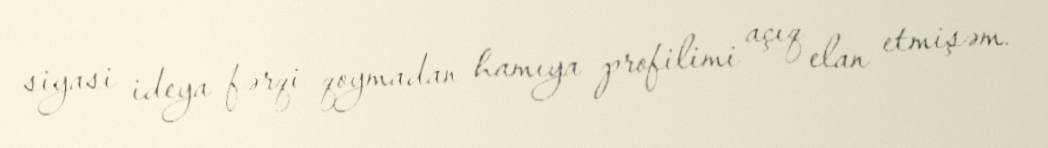
siyasi ideya fərqi qoymadan hamıya profilimi açıq elan etmişəm.